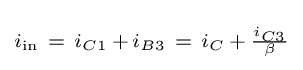
\scriptstyle i_{\text{in}}~=~i_{C1}\,+\,i_{B3}~=~i_{C}\,+\,{\frac {i_{C3}}{\beta }}